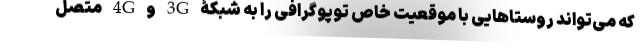
که می‌تواند روستاهایی با موقعیت خاص توپوگرافی را به شبکۀ 3G و 4G متصل